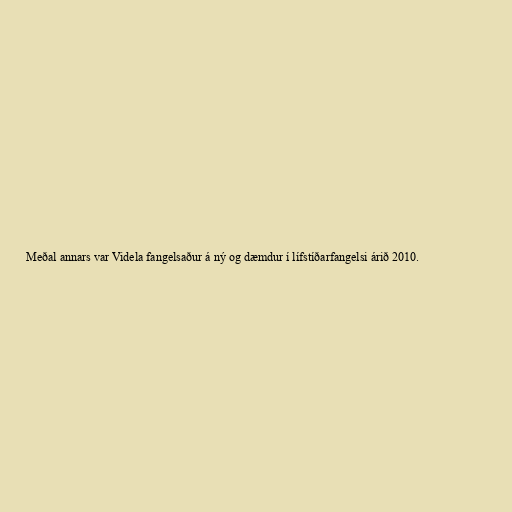
Meðal annars var Videla fangelsaður á ný og dæmdur í lífstíðarfangelsi árið 2010.